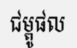
ជម្ពូផល